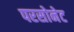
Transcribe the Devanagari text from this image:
परसोनेट